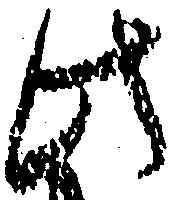
此